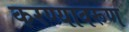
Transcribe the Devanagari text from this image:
करण्यावरूण